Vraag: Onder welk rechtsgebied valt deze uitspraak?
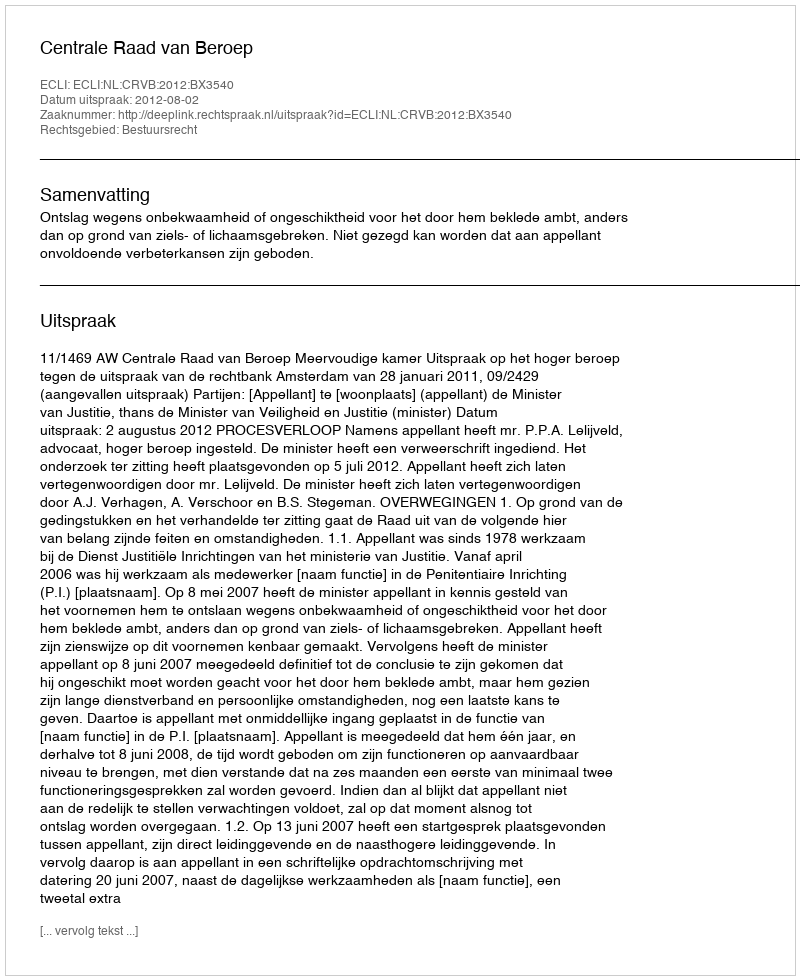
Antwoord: Bestuursrecht